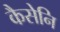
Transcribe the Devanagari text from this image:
कैसेनि